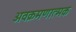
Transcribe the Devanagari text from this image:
अवक्रमणात्मक